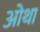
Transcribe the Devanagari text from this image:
ओथा